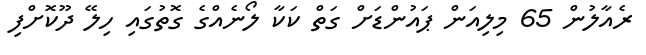
ރެއާލުން 65 މިލިއަން ޕައުންޑަށް ގަތް ކަކާ ލޯނެއްގެ ގޮތުގައި ހިލޭ ދޫކޮށްފި